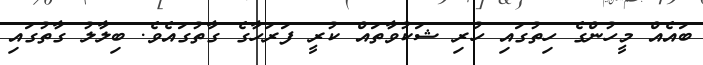
ބައެއް މީހުންގެ ހިތުގައި ހުރި ޝަކުވާތައް ކުރީ ފަރަހާގެ ގާތުގައެވެ. ބިލާލު ގާތުގައި